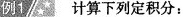
例1 计算下列定积分：